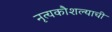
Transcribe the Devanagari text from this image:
नृत्यकौशल्याची